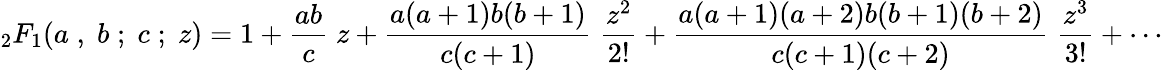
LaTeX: {}_{2}F_{1}(a\; ,\; b\; ;\; c\; ;\; z)=1+{\frac{ab}{c}}\; z+{\frac{a(a+1)b(b+1)}{c(c+1)}}\; {\frac{z^{2}}{2!}}+{\frac{a(a+1)(a+2)b(b+1)(b+2)}{c(c+1)(c+2)}}\; {\frac{z^{3}}{3!}}+\cdots